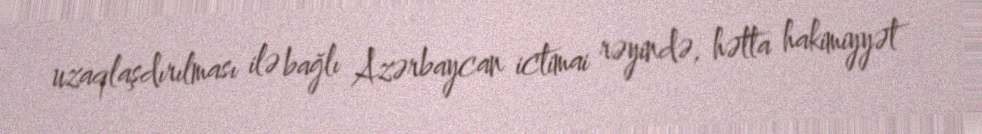
uzaqlaşdırılması ilə bağlı Azərbaycan ictimai rəyində, hətta hakimiyyət